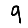
Digit: 9